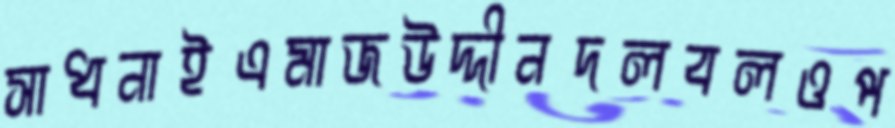
সাধনাইএমাজউদ্দীনদলবলওপ